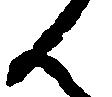
ん